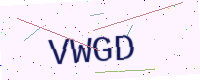
Text: VWGD